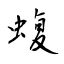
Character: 蝮